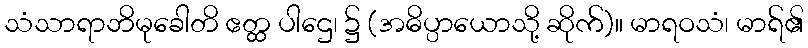
သံသာရာဘိမုခေါတိ ဧတ္ထ ပါဌေ၊ ၌ (အဓိပ္ပာယောသို့ ဆိုက်)။ မာရဝသံ၊ မာရ်၏